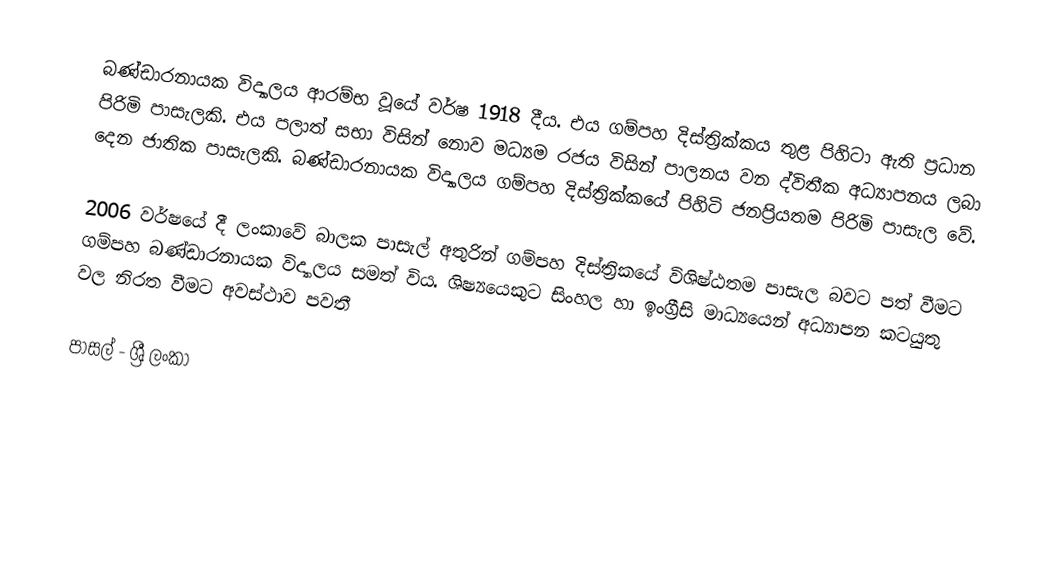
බණ්ඩාරනායක විද්‍යාලය ආරම්භ වූයේ වර්ෂ 1918 දීය. එය ගම්පහ දිස්ත්‍රික්කය තුළ පිහිටා ඇති ප්‍රධාන පිරිමි පාසැලකි. එය පලාත් සභා විසින් නොව මධ්‍යම රජය විසින් පාලනය වන ද්විතීක අධ්‍යාපනය ලබා දෙන ජාතික පාසැලකි. බණ්ඩාරනායක විද්‍යාලය ගම්පහ දිස්ත්‍රික්කයේ පිහිටි ජනප්‍රියතම පිරිමි පාසැල වේ.

2006 වර්ෂයේ දී ලංකාවේ බාලක පාසැල් අතුරින් ගම්පහ දිස්ත්‍රිකයේ විශිෂ්ඨතම පාසැල බවට පත් වීමට ගම්පහ බණ්ඩාරනායක විද්‍යාලය සමත් විය. ශිෂ්‍යයෙකුට සිංහල හා ඉංග්‍රීසි මාධ්‍යයෙන් අධ්‍යාපන කටයුතු වල නිරත වීමට අවස්ථාව පවතී

පාසල් - ශ්‍රී ලංකා